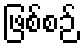
ဖြစ်စဉ်